Vaccination in Bombay 1902-1912 - 1902-1912
Year: 1902
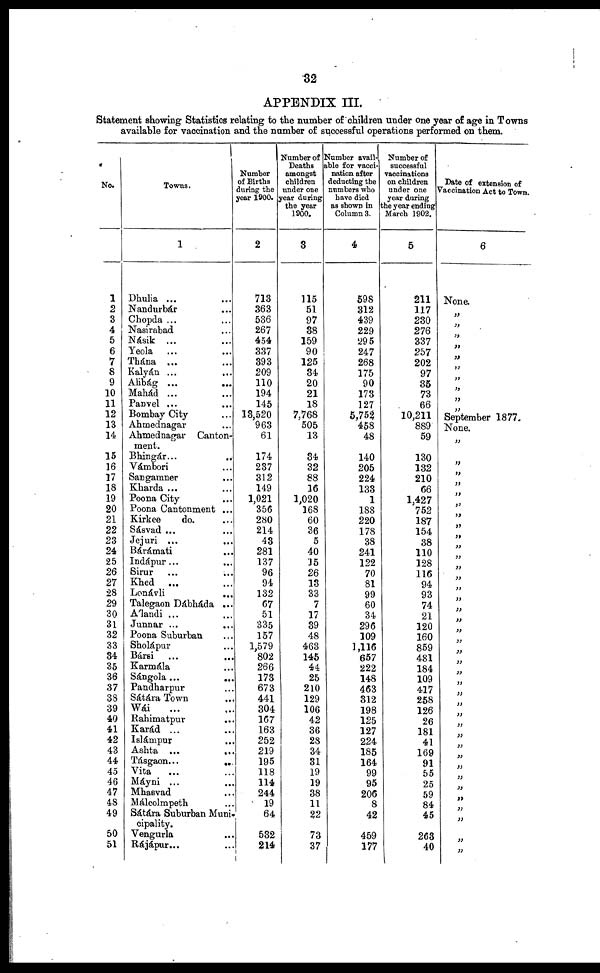
32
APPENDIX III.
Statement showing Statistics relating to the number of children under one year of age in Towns
available for vaccination and the number of successful operations performed on them.
No.
1
2
3
4
5
6
7
8
9
10
11
12
13
14
15
16
17
18
19
20
21
22
23
24
25
26
27
28
29
30
31
32
33
84
35
36
37
38
39
40
41
42
43
44
45
46
47
48
49
50
51
Towns.
1
Dhulia ... ...
Nandurbár ...
Chopda ... ...
Nasirabad ...
Násik ... ...
Yeola ... ...
Thána ... ...
Kalyán ... ...
Alibág ...
...
Mahád ... ...
Panvel ... ...
Bombay City ...
Ahmednagar ...
Ahmednagar Canton-
ment.
Bhingár...
...
Vámbori ...
Sangamner ...
Kharda ... ...
Poona City ...
Poona Cantonment ...
Kirkee
do. ...
Sásvad ... ...
Jejuri ... ...
Bárámati ... ...
Indápur... ...
Sirur ... ...
Khed ... ...
Lonávli
...
Talegaon Dábháda ...
Álandi ... ...
Junnar ...
Poona Suburban
Sholápur
Bársi
...
...
Karmála ...
Sángola...
...
Pandharpur ...
Sátára Town ...
Wái ... ...
Rahimatpur ...
Karád ... ...
Islámpur ...
Ashta ...
...
Tásgaon...
...
Vita ... ...
Máyni ... ...
Mhasvad ...
Málcolmpeth
Sátára Suburban Muni¬
cipality.
Vengurla
...
Rájápur... ...
Number
of Births
during the
year 1900.
2
713
363
536
267
454
337
393
209
110
194
145
13,520
963
61
174
237
312
149
1,021
356
280
214
48
281
137
96
94
132
67
51
335
157
1,579
802
266
173
673
441
304
167
163
252
219
195
118
114
244
19
64
532
214
Number of
Deaths
amongst
children
under one
year during
the year
1900.
3
115
51
97
38
159
90
125
34
20
21
18
7,768
505
13
34
32
88
16
1,020
168
60
36
5
40
15
26
13
33
7
17
39
48
463
145
44
25
210
129
106
42
36
28
34
31
19
19
38
11
22
73
37
Number avail¬
able for vacci-
nation after
deducting the
numbers who
have died
as shown in
Column 3.
4
598
312
439
229
295
247
268
175
90
173
127
5,752
458
48
140
205
224
133
1
188
220
178
38
241
122
70
81
99
60
34
296
109
1,116
657
222
148
463
312
198
125
127
224
185
164
99
95
206
8
42
459
177
Number of
successful
vaccinations
on children
under one
year during
the year ending
March 1902.
5
211
117
230
276
337
257
202
97
35
73
66
10,211
889
59
130
132
210
66
1,427
752
187
154
38
110
128
116
94
93
74
21
120
160
859
481
184
109
417
258
126
26
181
41
169
91
55
25
59
84
45
263
40
Date of extension of
Vaccination Act to Town.
6
None.
„
„
„
„
„
„
„
„
„
„
September 1877.
None.
„
„
„
„
„
„
„
„
„
„
„
„
„
„
„
„
„
„
„
„
„
„
„
„
„
„
„
„
„
„
„
„
„
„
„
„
„
„